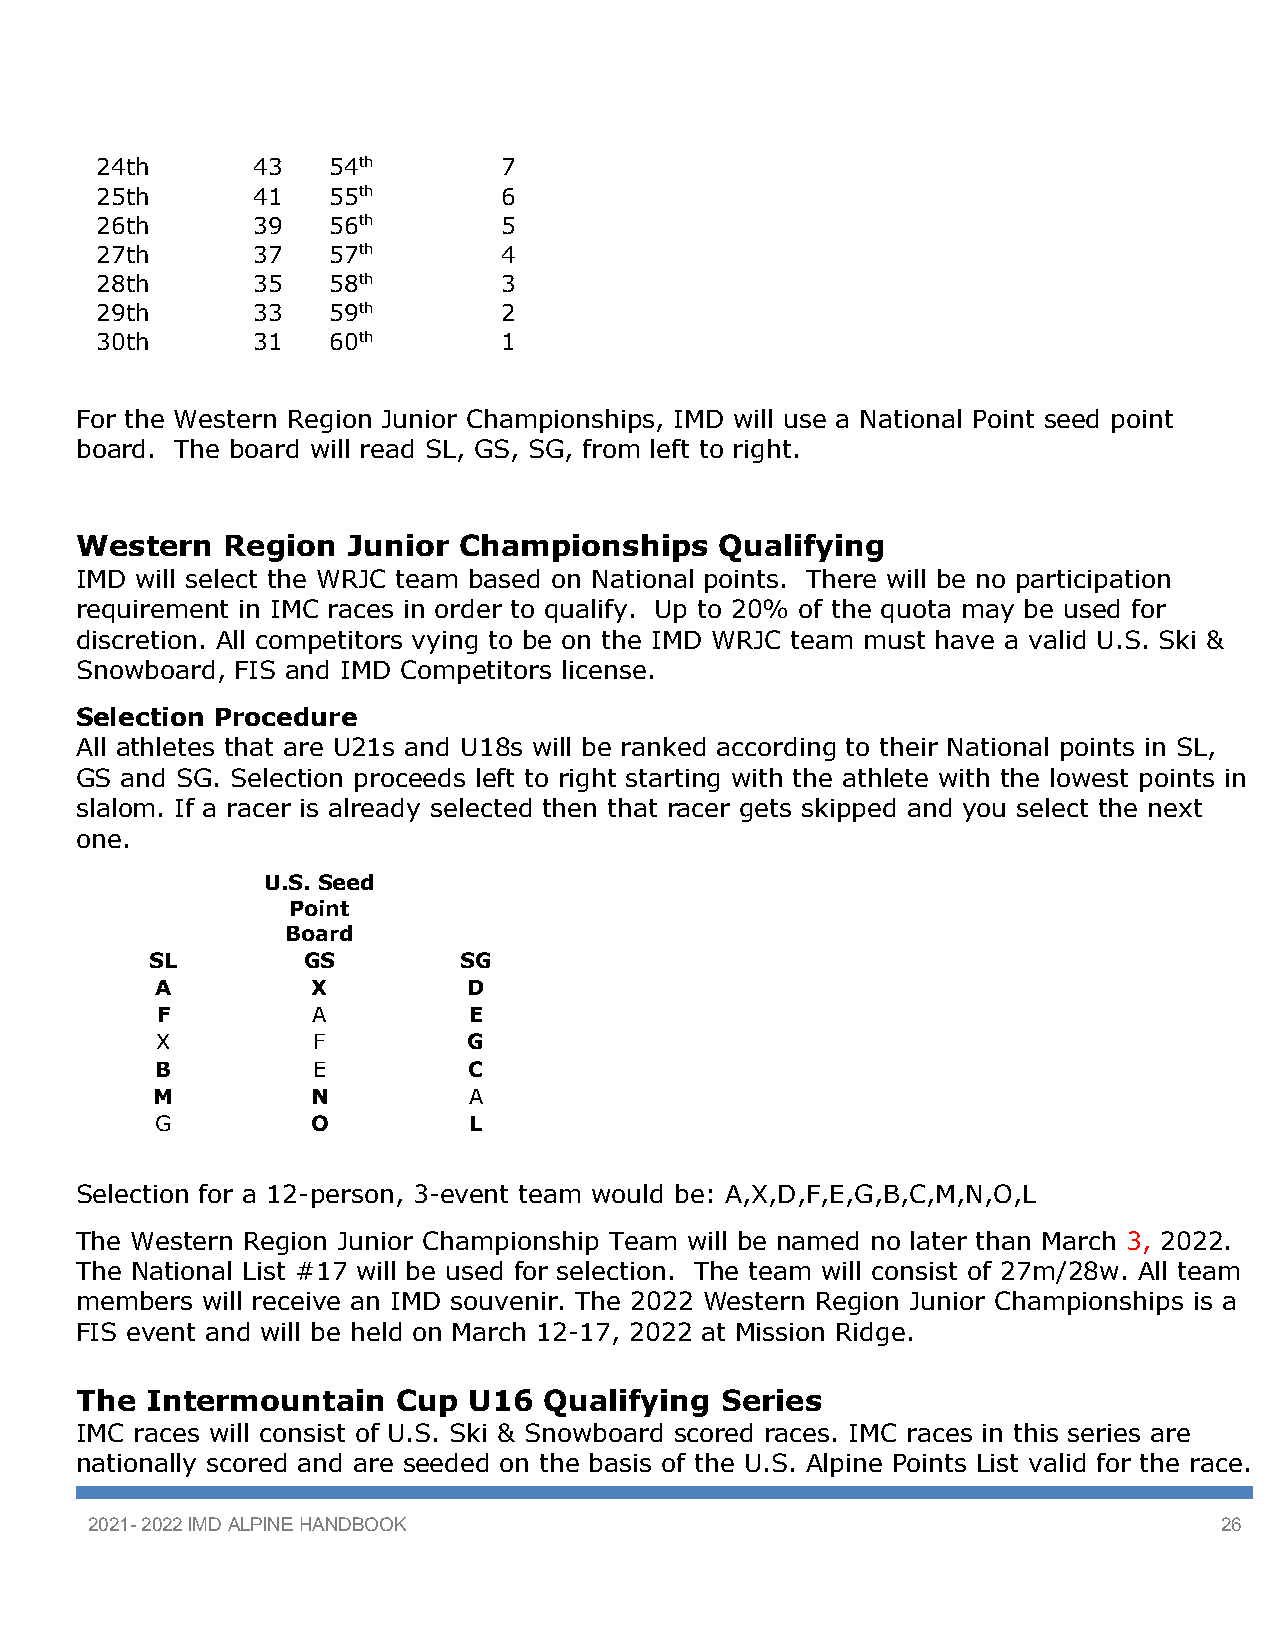
24th       43   54th       7
 25th       41   55th       6
 26th       39   56th       5
 27th       37   57th       4
 28th       35   58th       3
 29th       33   59th       2
 30th       31   60th       1
 For the Western Region Junior Championships, IMD will use a National Point seed point
 board. The board will read SL, GS, SG, from left to right.
 Western   Region  Junior Championships     Qualifying
 IMD will select the WRJC team based on National points. There will be no participation
 requirement in IMC races in order to qualify. Up to 20% of the quota may be used for
 discretion. All competitors vying to be on the IMD WRJC team must have a valid U.S. Ski &
 Snowboard, FIS and IMD Competitors license.
 Selection Procedure
 All athletes that are U21s and U18s will be ranked according to their National points in SL,
 GS and SG. Selection proceeds left to right starting with the athlete with the lowest points in
 slalom. If a racer is already selected then that racer gets skipped and you select the next
 one.
 U.S. Seed
 Point
 Board
 SL        GS        SG
 A          X         D
 F          A         E
 X          F         G
 B          E         C
 M          N         A
 G          O         L
 Selection for a 12-person, 3-event team would be: A,X,D,F,E,G,B,C,M,N,O,L
 The Western Region Junior Championship Team will be named no later than March 3, 2022.
 The National List #17 will be used for selection. The team will consist of 27m/28w. All team
 members will receive an IMD souvenir. The 2022 Western Region Junior Championships is a
 FIS event and will be held on March 12-17, 2022 at Mission Ridge.
 The  Intermountain   Cup  U16  Qualifying  Series
 IMC races will consist of U.S. Ski & Snowboard scored races. IMC races in this series are
 nationally scored and are seeded on the basis of the U.S. Alpine Points List valid for the race.
 2021- 2022 IMD ALPINE HANDBOOK                                             26